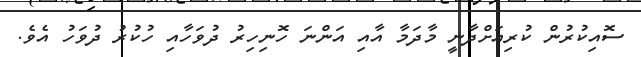
ސޮއިކުރުން ކުރިއަށްދާނީ މާދަމާ އާއި އަންނަ ހޮނިހިރު ދުވަހާއި ހުކުރު ދުވަހު އެވެ.